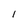
Character: l